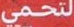
لتحمي